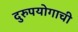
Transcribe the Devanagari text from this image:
दुरुपयोगाची